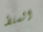
السلطه